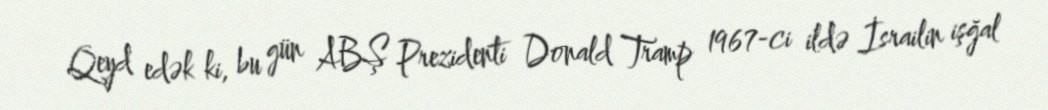
Qeyd edək ki, bu gün ABŞ Prezidenti Donald Tramp 1967-ci ildə İsrailin işğal